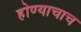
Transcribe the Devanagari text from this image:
होण्याचाच